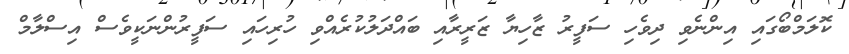
ކޮލަމްބޯގައި އިންނެވި ދިވެހި ސަފީރު ޒާހިޔާ ޒަރީރާއި ބައްދަލުކުރެއްވި ހުރިހައި ސަފީރުންނަކީވެސް އިސްލާމް